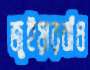
জুইয়ারবাঁধ